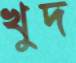
খুদ